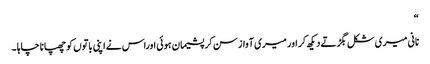
“
نانی میری شکل بگڑتے دیکھ کر اور میری آواز سن کر پشیمان ہوئی اوراس نے اپنی باتوں کو چھپانا چاہا ۔